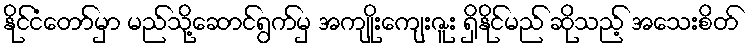
နိုင်ငံတော်မှာ မည်သို့ဆောင်ရွက်မှ အကျိုးကျေးဇူး ရှိနိုင်မည် ဆိုသည့် အသေးစိတ်